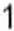
1